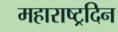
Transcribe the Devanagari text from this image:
महाराष्ट्रदिन